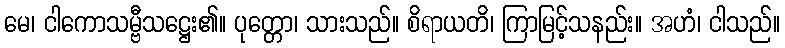
မေ၊ ငါကောသမ္ဗီသဋ္ဌေး၏။ ပုတ္တော၊ သားသည်။ စိရာယတိ၊ ကြာမြင့်သနည်း။ အဟံ၊ ငါသည်။